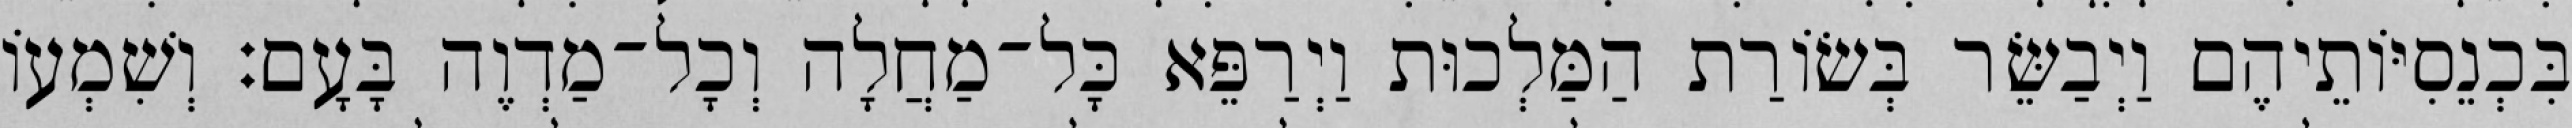
בִּכְנֵסִיּוֹתֵיהֶם וַיְבַשֵּׂר בְּשׂוֹרַת הַמַּלְכוּת וַיְרַפֵּא כָּל־מַחֲלָה וְכָל־מַדְוֶה בָּעָם׃ וְשִׁמְעוֹ